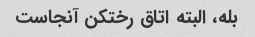
بله، البته اتاق رختکن آنجاست